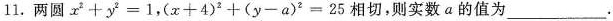
11.两圆$$x ^ { 2 } + y ^{ 2 } = 1$$，$$( x + 4 ) ^ { 2 } + ( y - a ) ^ { 2 } = 2 5$$相切，则实数a的值为___。